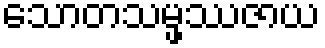
သောတသမ္ဖဿဇာယ